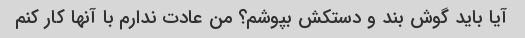
آیا باید گوش بند و دستکش بپوشم؟ من عادت ندارم با آنها کار کنم